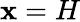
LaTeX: \mathbf{x}=H